Leaving Certificate Examination, 1903
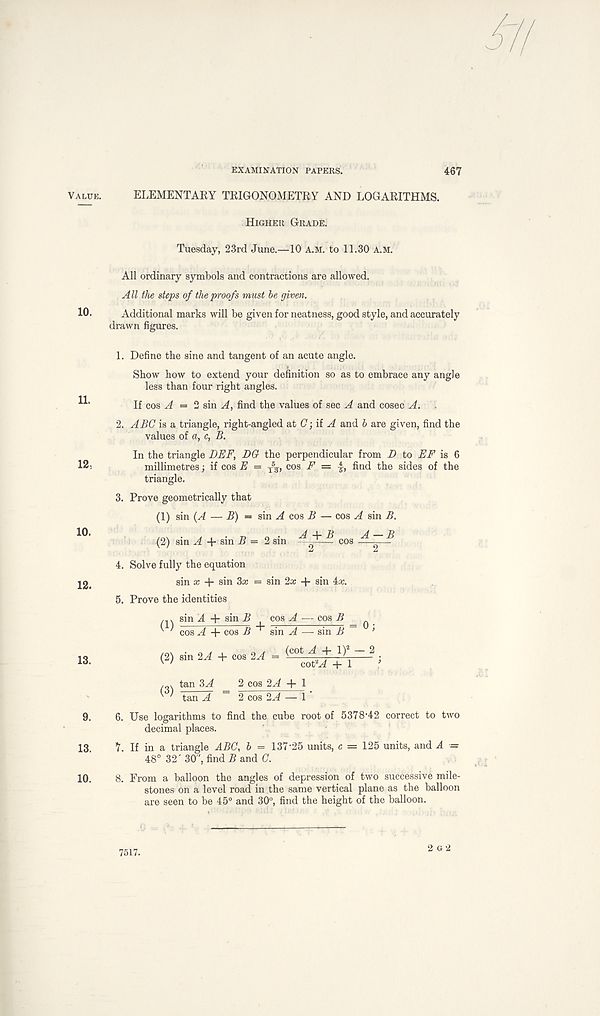
EXAMINATION PAPERS.
467
Value.
10.
11.
12.
10.
12.
13.
9.
13.
10.
ELEMENTARY TRIGONOMETRY AND LOGARITHMS.
Higher Grade.
Tuesday, 23rd June.—10 A.M. to 11.30 A.M.
All ordinary symbols and contractions are allowed.
All the steps of the proofs must he given.
Additional marks will be given for neatness, good style, and accurately
drawn figures.
1. Define the sine and tangent of an acute angle.
Show how to extend your definition so as to embrace any angle
less than four right angles.
If cos A = 2 sin A, find the values of sec A and cosec A.
2. ABC is a triangle, right-angled C;ii A and b are given, find the
values of a, c, B.
In the triangle DBF, DG the perpendicular from D to EF is 6
millimetres; if cos E = T
5
5 , cos F = find the sides of the
triangle.
3. Prove geometrically that
(1) sin (A — B) = sin A cos B — cos A sin B.
(2) sin A + sin B = 2 sin —y~ ^ cos
4. Solve fully the equation
sin x + sin 3x = sin 2x -j- sin 4a;.
5. Prove the identities
sin A + sin R cos A — cos B _ ^
' cos A + cos B ' sin A — sin B ~ ’
(2) sin 2A + cos 2A = ^C Ot ^ ^ ~ - ;
v '
coCA + 1 ’
tan 3A _ 2 cos 2A + 1
^ ' tan A ~ 2 cos 2A — 1 '
6. Use logarithms to find the cube root of 5378'42 correct to two
decimal places.
7. If in a triangle ABC, b = 137-25 units, c = 125 units, and A —
48° 32' 30", find B and C.
8. From a balloon the angles of depression of two successive mile-
stones on a level road in the same vertical plane as the balloon
are seen to be 45° and 30°, find the height of the balloon.
7517.
2 G*2